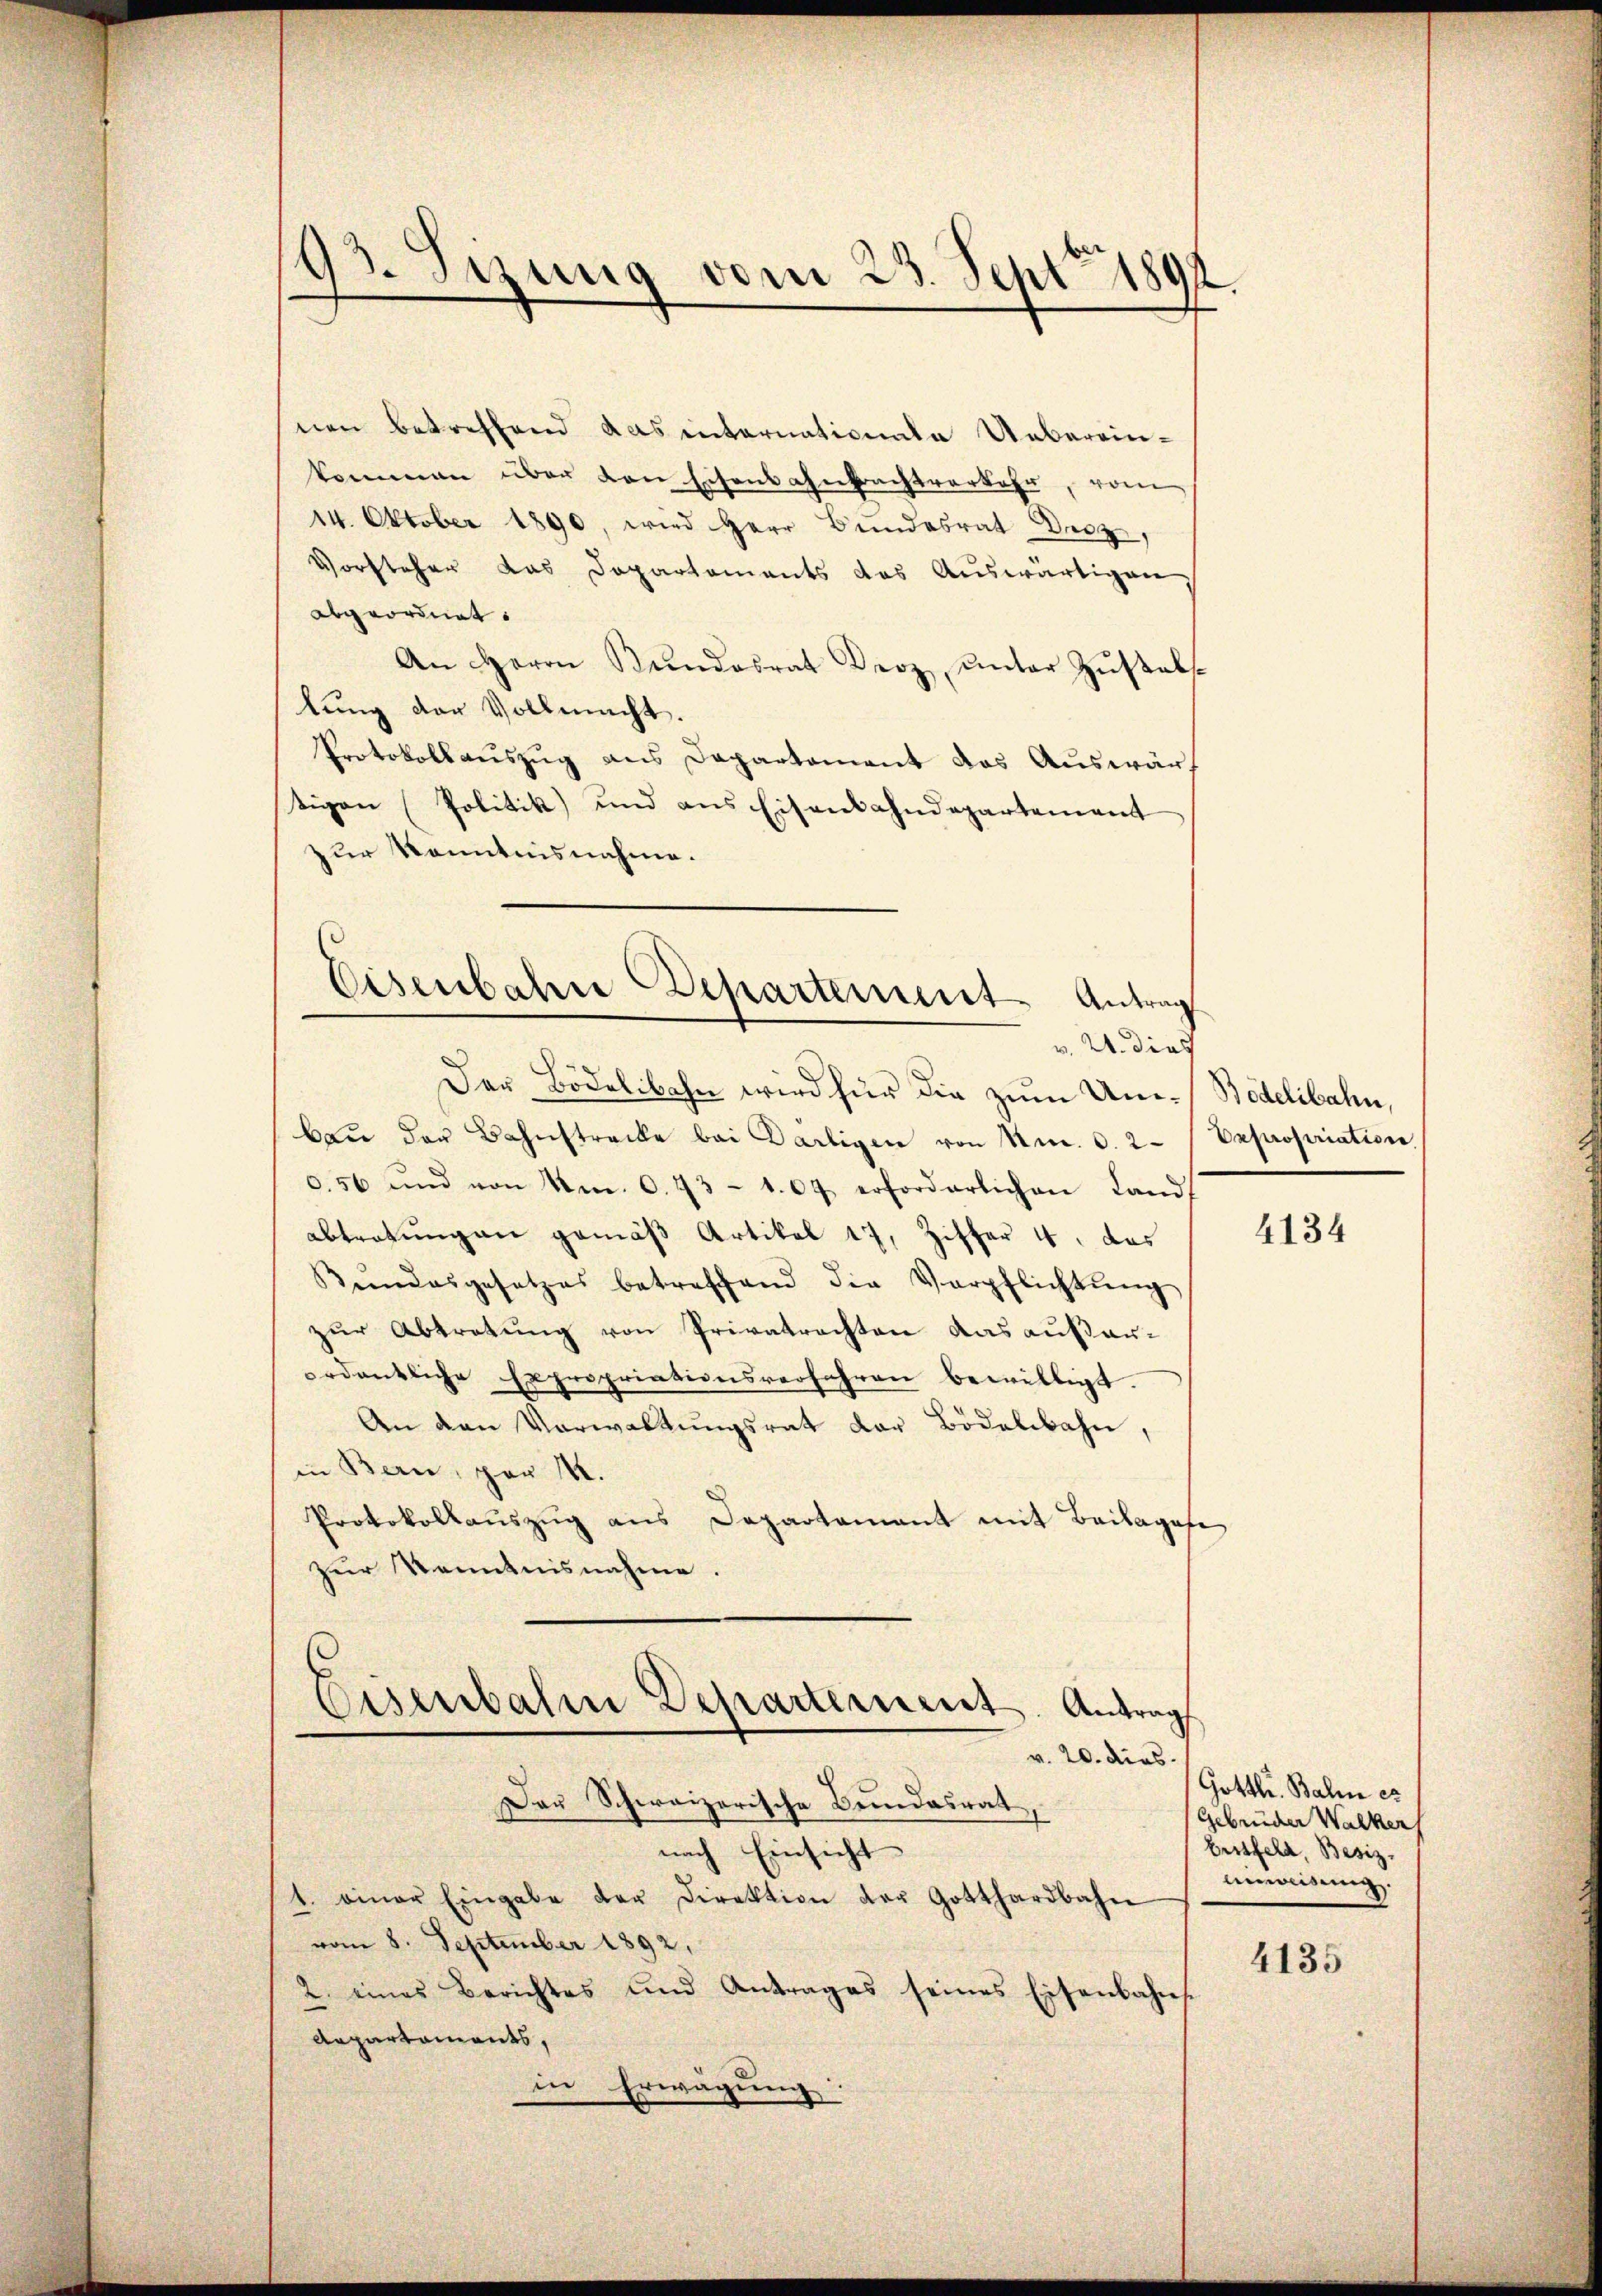
13. Sizung vom 23. Sept. 180
.

nen betreffend das internationale Uebereinkommen über den Eisenbahnbrachtverkehr, vom
14. Oktober 1890, wird Herr Bundesrat Decz,
Vorsteher das Departaments das Auswärtigen
Abgeordnet:
An Herrn Bŭndesrat Droz, unter Zŭstalt
lung der Vollmacht.
Protokollaŭszŭg ans Departement das Aŭswärt
tigen (Politik und aus Eisenbahndepartement
der Kenntnisnahme.
Der Bödelibahn wird für die zum Um- Bidelibahn,
baŭ der Bahnstrecke bei Darligen von Nr. 0. 2
0.56 und von Am. 0. 73 - 1. 64 erforderlichen Land-
abtretungen gemäß Artikel 17, Zitter 4, das
Bŭndesgesetzes betreffend die Verpflichtŭng
zur Abtretung von Privatrechten das außererdentliche Expropriationsverfahren bewilligt.
An den Verwaltŭngsrat der Bödelbahn,
in Bern, per 14.
Protokollauszug aus Departament mit Beilagefe
zur Kenntnisnahme.
Eisenbahrer Departerient. Antrag
v. 20. dies
Der Schweizerische Bundesrat
nach Einsicht
1. einer Eingabe der Direktion der Gotthardbahn
vom 8. September 1892,
2. eines Berichtes und Antrages seines Eisenbahn
Aapartaments,
in Erwägung:

Eisenbahne Departement. Antrag
v. 21. dies

Depropriation

4134

Gottli. Balin es
Gebrüder Walker
Erstfeld, Besiz
unweisung.

4135